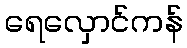
ရေလှောင်ကန်